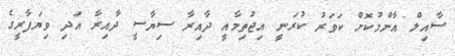
ސާއިލް އާންމުކޮށް ކަވަރު ކުރަނީ އިޖުތިމާއީ ދާއިރާ ސިޔާސީ ދާއިރާ އަދި ވިޔަފާރީގެ